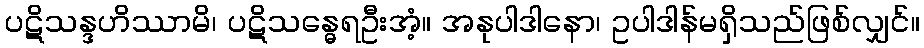
ပဋိသန္ဒဟိဿာမိ၊ ပဋိသန္ဓေရဦးအံ့။ အနုပါဒါနော၊ ဥပါဒါန်မရှိသည်ဖြစ်လျှင်။